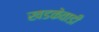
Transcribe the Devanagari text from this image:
खडकेवाडी